Medical and sanitary report of the native army of Bengal for the year
Year: 1878
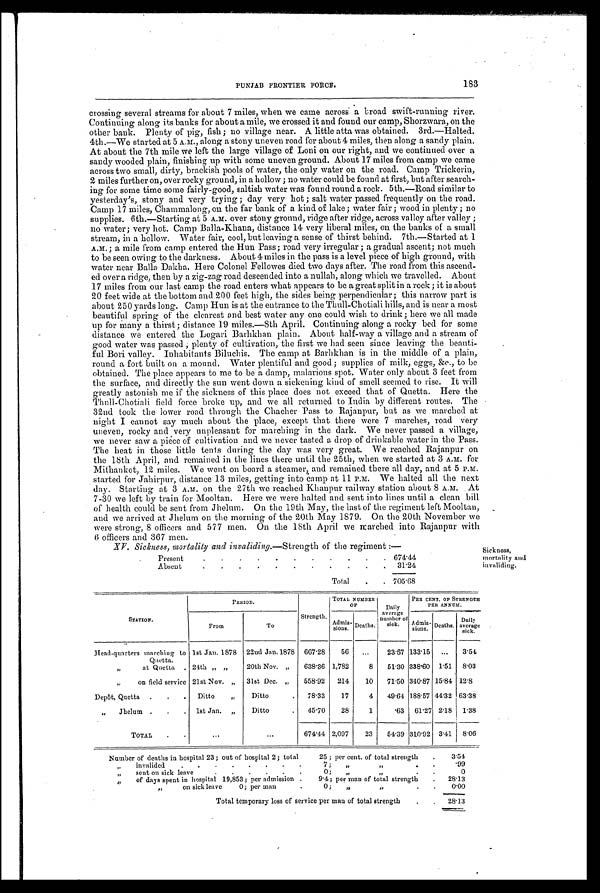
PUNJAB FRONTIER FORCE.
183
crossing several streams for about 7 miles, when we came across a broad swi
ft-running river.
Continuing along its banks for about a mile, we crossed it and found our camp, Shorzwara, on the
other bank. Plenty of pig, fish ; no village near. A little atta was obtained. 3rd.—Halted.
4th.—We started at 5 A.M., along a stony uneven road for about 4 miles, then along, a sandy plain.
At about the 7th mile we left the large village of Loni on our right, and 6we continued over a
sandy wooded plain, finishing up with some uneven ground. About 17 miles from camp we came
across two small, dirty, brackish pools of water, the only water on the road. Camp Trickerin,
2 miles further on, over rocky ground, in a hollow ; no water could be found at first, but after search-
ing for some time some fairly-good, saltish water was found round a rock. 5th.—Road similar to
yesterday's, stony and very trying ; day very hot ; salt water passed frequently on the road.
Camp 17 miles, Chammalong, on the far bank of a kind of lake ; water fair ; wood in plenty ; no
supplies. 6th.—Starting at 5 A.M. over stony ground, ridge after ridge, across valley after valley ;
no water; very hot. Camp Balla-Khana, distance 14 very liberal miles, on the banks of a small
stream, in a hollow. Water fair, cool, but leaving a sense of thirst behind. 7th.—Started at 1
A.M. ; a mile from camp entered the Hun Pass ; road very irregular ; a gradual ascent; not much
to be seen owing to the darkness. About 4 miles in the pass is a level piece of high ground, with
water near Balla Dakha. Here Colonel Fellowes died two days after. The road from this ascend-
ed over a ridge, then by a zig-zag road descended into a nullah, along which we travelled. About
17 miles from our last camp the road enters what appears to be a great split in a rock ; it is about
20 feet wide at the bottom and 200 feet high, the sides being perpendicular ; this narrow part is
about 250 yards long. Camp Hun is at the entrance to the Thull-Chotiali hills, and is near a most
beautiful spring of the clearest and best water any one could wish to drink; ; here we all made
up for many a thirst ; distance 19 miles.—8th April. Continuing along a rocky bed for some
distance we entered the Logari Barhkhan plain. About half-way a village and a stream of
good water was passed ; plenty of cultivation, the first we had seen since leaving the beauti-
ful Boni valley. Inhabitants Biluchis. The camp at Barlikban is in the middle of a plain,
round a fort built on a mound. Water plentiful and good ; supplies of milk, eggs, &c., to be
obtained. The place appears to me to be a damp, malarious spot. Water only about 3 feet from
the surface, and directly the sun went down a sickening kind of smell seemed to rise. It will
greatly astonish me if the sickness of this place does not exceed that of Quetta. Here the
Thull-Chotiali field force broke up, and we all returned to India by different routes. The
32nd took the lower road through the Chacher Pass to Rajanpur, but as we marched at
night I cannot say much about the place, except that there were 7 marches, road very
uneven, rocky and very unpleasant for marching in the dark. We never passed a village,
we never saw a piece of cultivation and we never tasted a drop of drinkable water in the Pass.
The heat in those little tents during the day was very great. We reached Rajanpur on
the 18th April, and remained in the lines there until the 25th, when we started at 3 A.m. for
Mithankot, 12 miles. We went on board a steamer, and remained there all day, and at 5 P.M.
Started for Jahirpur, distance 13 miles, getting into camp at 11 P.M. We halted all the next
day. Starting at 3 A.M. on the 27th we reached Khanpur railway station about 8 A.M. . At
7-30 we left by train for Mooltan. Here we were halted and sent into lines until a clean bill
of health could be sent from Jhelum. On the 19th May, the last of the regiment left Mooltan,
and we arrived at Jhelum on the morning of the 20th May 1879. On the 20th November we
were strong, 8 officers and 577 men. On the 18th April we marched into Rajanpur with
6 officers and 367 men
XV. Sickness, mortality and invaliding. —Strength of the regiment :—
Present
. . . . . . . . . . . 6 7 4 . 4 4
Absent
. . . . . . . . . . . 31.24
Total . . 7 0 5 . 6 8
Sickness,
mortality and
invaliding.
STATION.
PERIOD.
Strength.
TOTAL NUMBER
OF
Daily
average
number of
sick.
P E R C E N T . O F S T R E N G T H P E R A N N U M
From
To
Admi
ssi ons. Deaths.
Admi
ssions. Deaths. Daily
average sick.
Head-quarters marching to
Quetta.
1st Jan. 1878 22nd Jan. 1878 667.28 56 ... 23.57 133.15 ... 3.51
11
at Quetta . 24th „ „ 20th Nov. „ 638.36 1,782
8 51.30 338.60 1.51 8.03
„ on field service 21st Nov. „ 31st Dec. „ 558.92 214 10 71.50 340.87 15.84 12.8
Depôt, Quetta . . . Ditto „ Ditto
, , 78.33 17
4 49.61 188.57 44.32 63.38
,, Jhelum . . . 1st Jan. „ Ditto
,, 45.70 28
1
.63 61.27 2.18 1.38
TOTAL . .
...
...
674.44 2,097 23 54.39 310.92 3.41 8.06
Number of deaths in hospital 23 ; out of hospital 2 ; total
25 ; per cent. of total strength . 3.54
„ invalided . . . . . . . .
7; ,,
,,
99
„ sent on sick leave
0; „
,,
0
,, of days spent in hospital 19,853; per admission . 9.4; per man of total strength . 2 8 . 1 3
,,
on sick leave 0; per man
0; „
,,
0.00
Total temporary loss of service per man of total strength . . 28.13